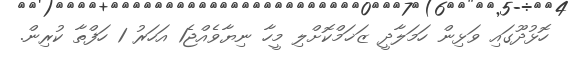
ހޮޅުދޫގައި ވަޅިން ހަމަލާދީ ޒަޚަމްކޮށްލި މީހާ ނިޔާވެއްޖެ1 އަހަރު 1 ހަފްތާ ކުރިން.